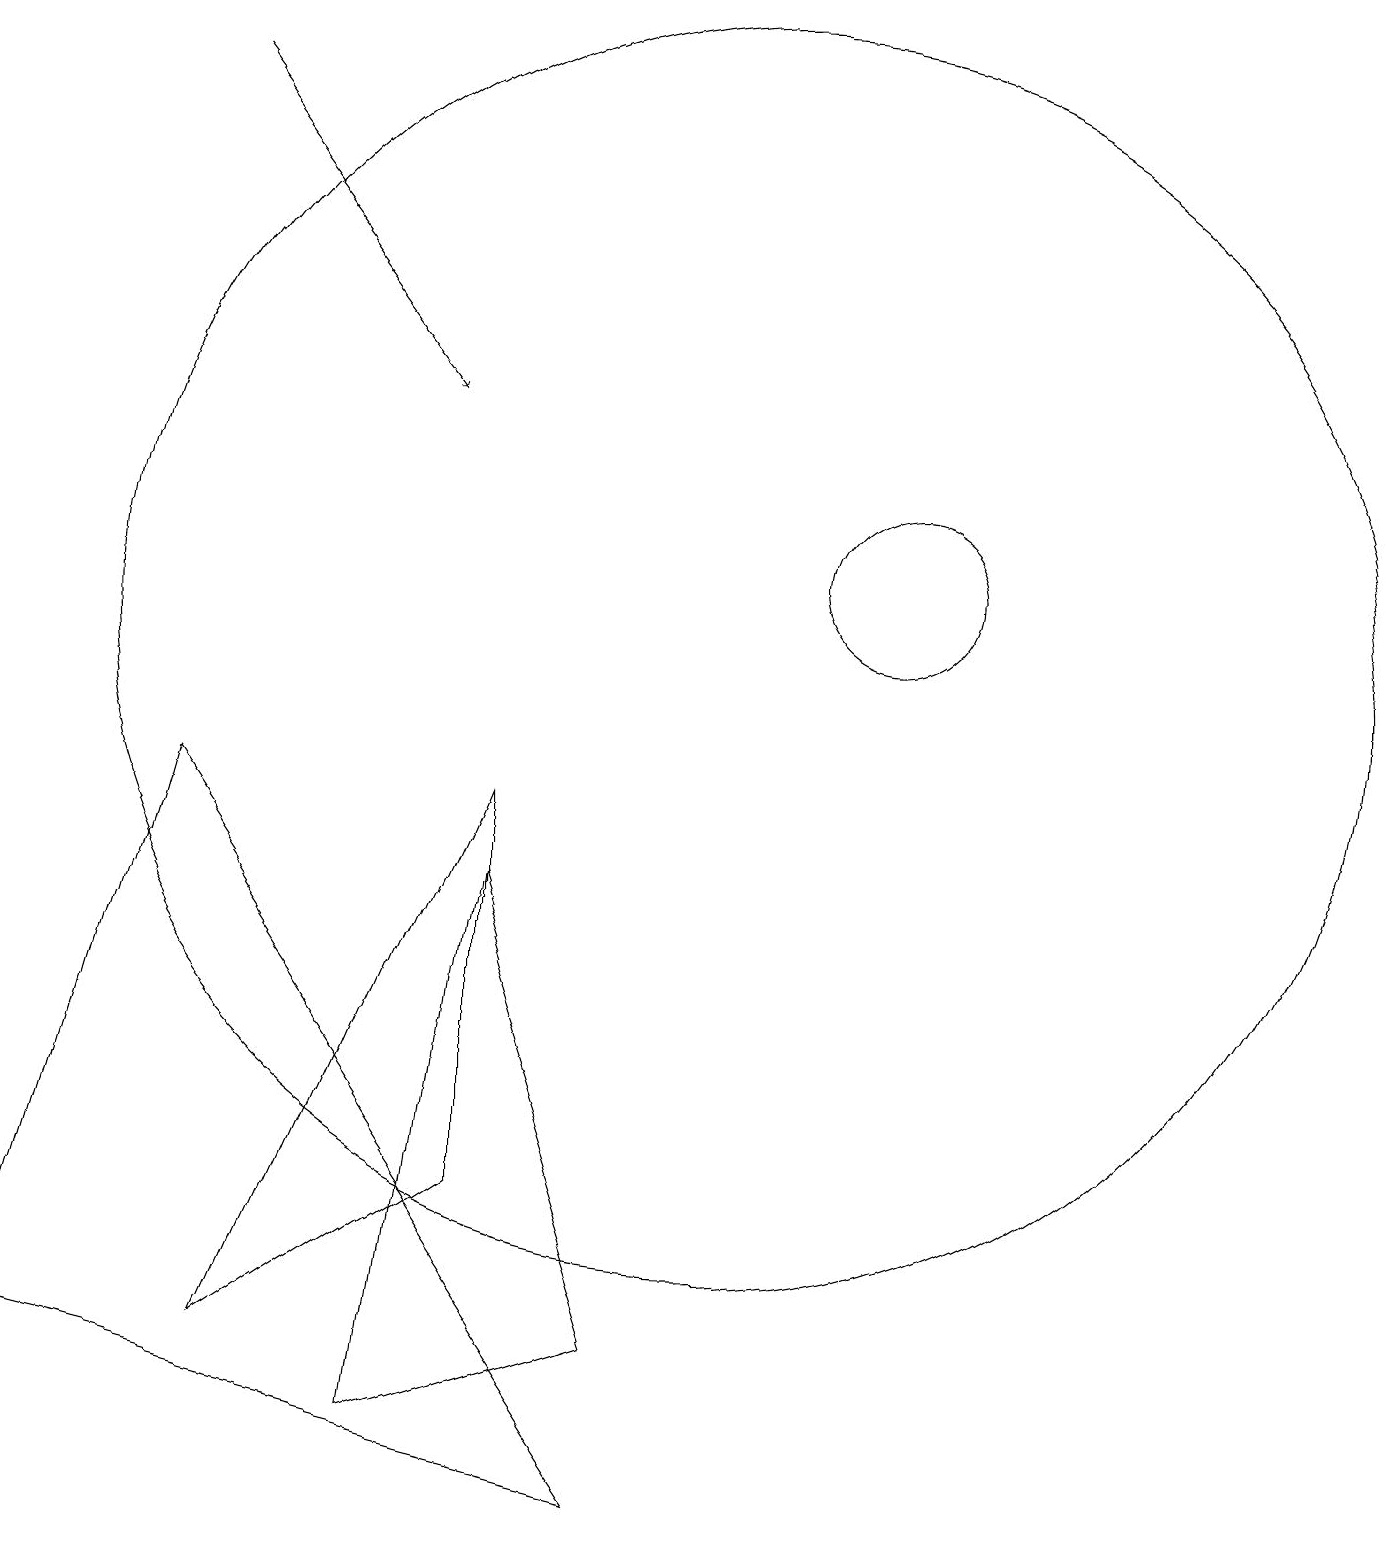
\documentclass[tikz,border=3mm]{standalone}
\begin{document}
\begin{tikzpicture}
\draw (10,11) circle (8);
\draw[->] (3,18) -- (6,14);
\draw (6,1) -- (7,8) -- (9,2) -- cycle;
\draw (9,0) -- (3,9) -- (1,2) -- cycle;
\draw (12,12) circle (1);
\draw (7,9) -- (4,2) -- (7,4) -- cycle;
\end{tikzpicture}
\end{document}